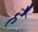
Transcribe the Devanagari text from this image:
हेेै